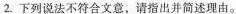
2.下列说法不符合文意，请指出并简述理由。